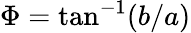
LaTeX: \Phi=\tan^{-1}(b/a)